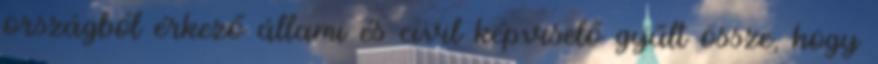
országból érkező állami és civil képviselő gyűlt össze, hogy